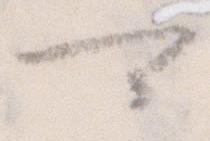
可